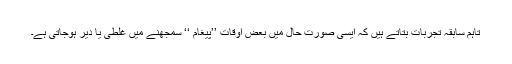
تاہم سابقہ تجربات بتاتے ہیں کہ ایسی صورتِ حال میں بعض اوقات ’’پیغام ‘‘ سمجھنے میں غلطی یا دیر ہوجاتی ہے۔